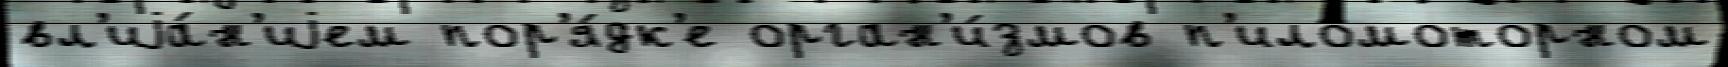
вл'иjа́н'иjем пор'я́дк'е орган'и́змов п'иломоторном